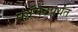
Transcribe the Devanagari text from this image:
कॉमेंटपर्यंत